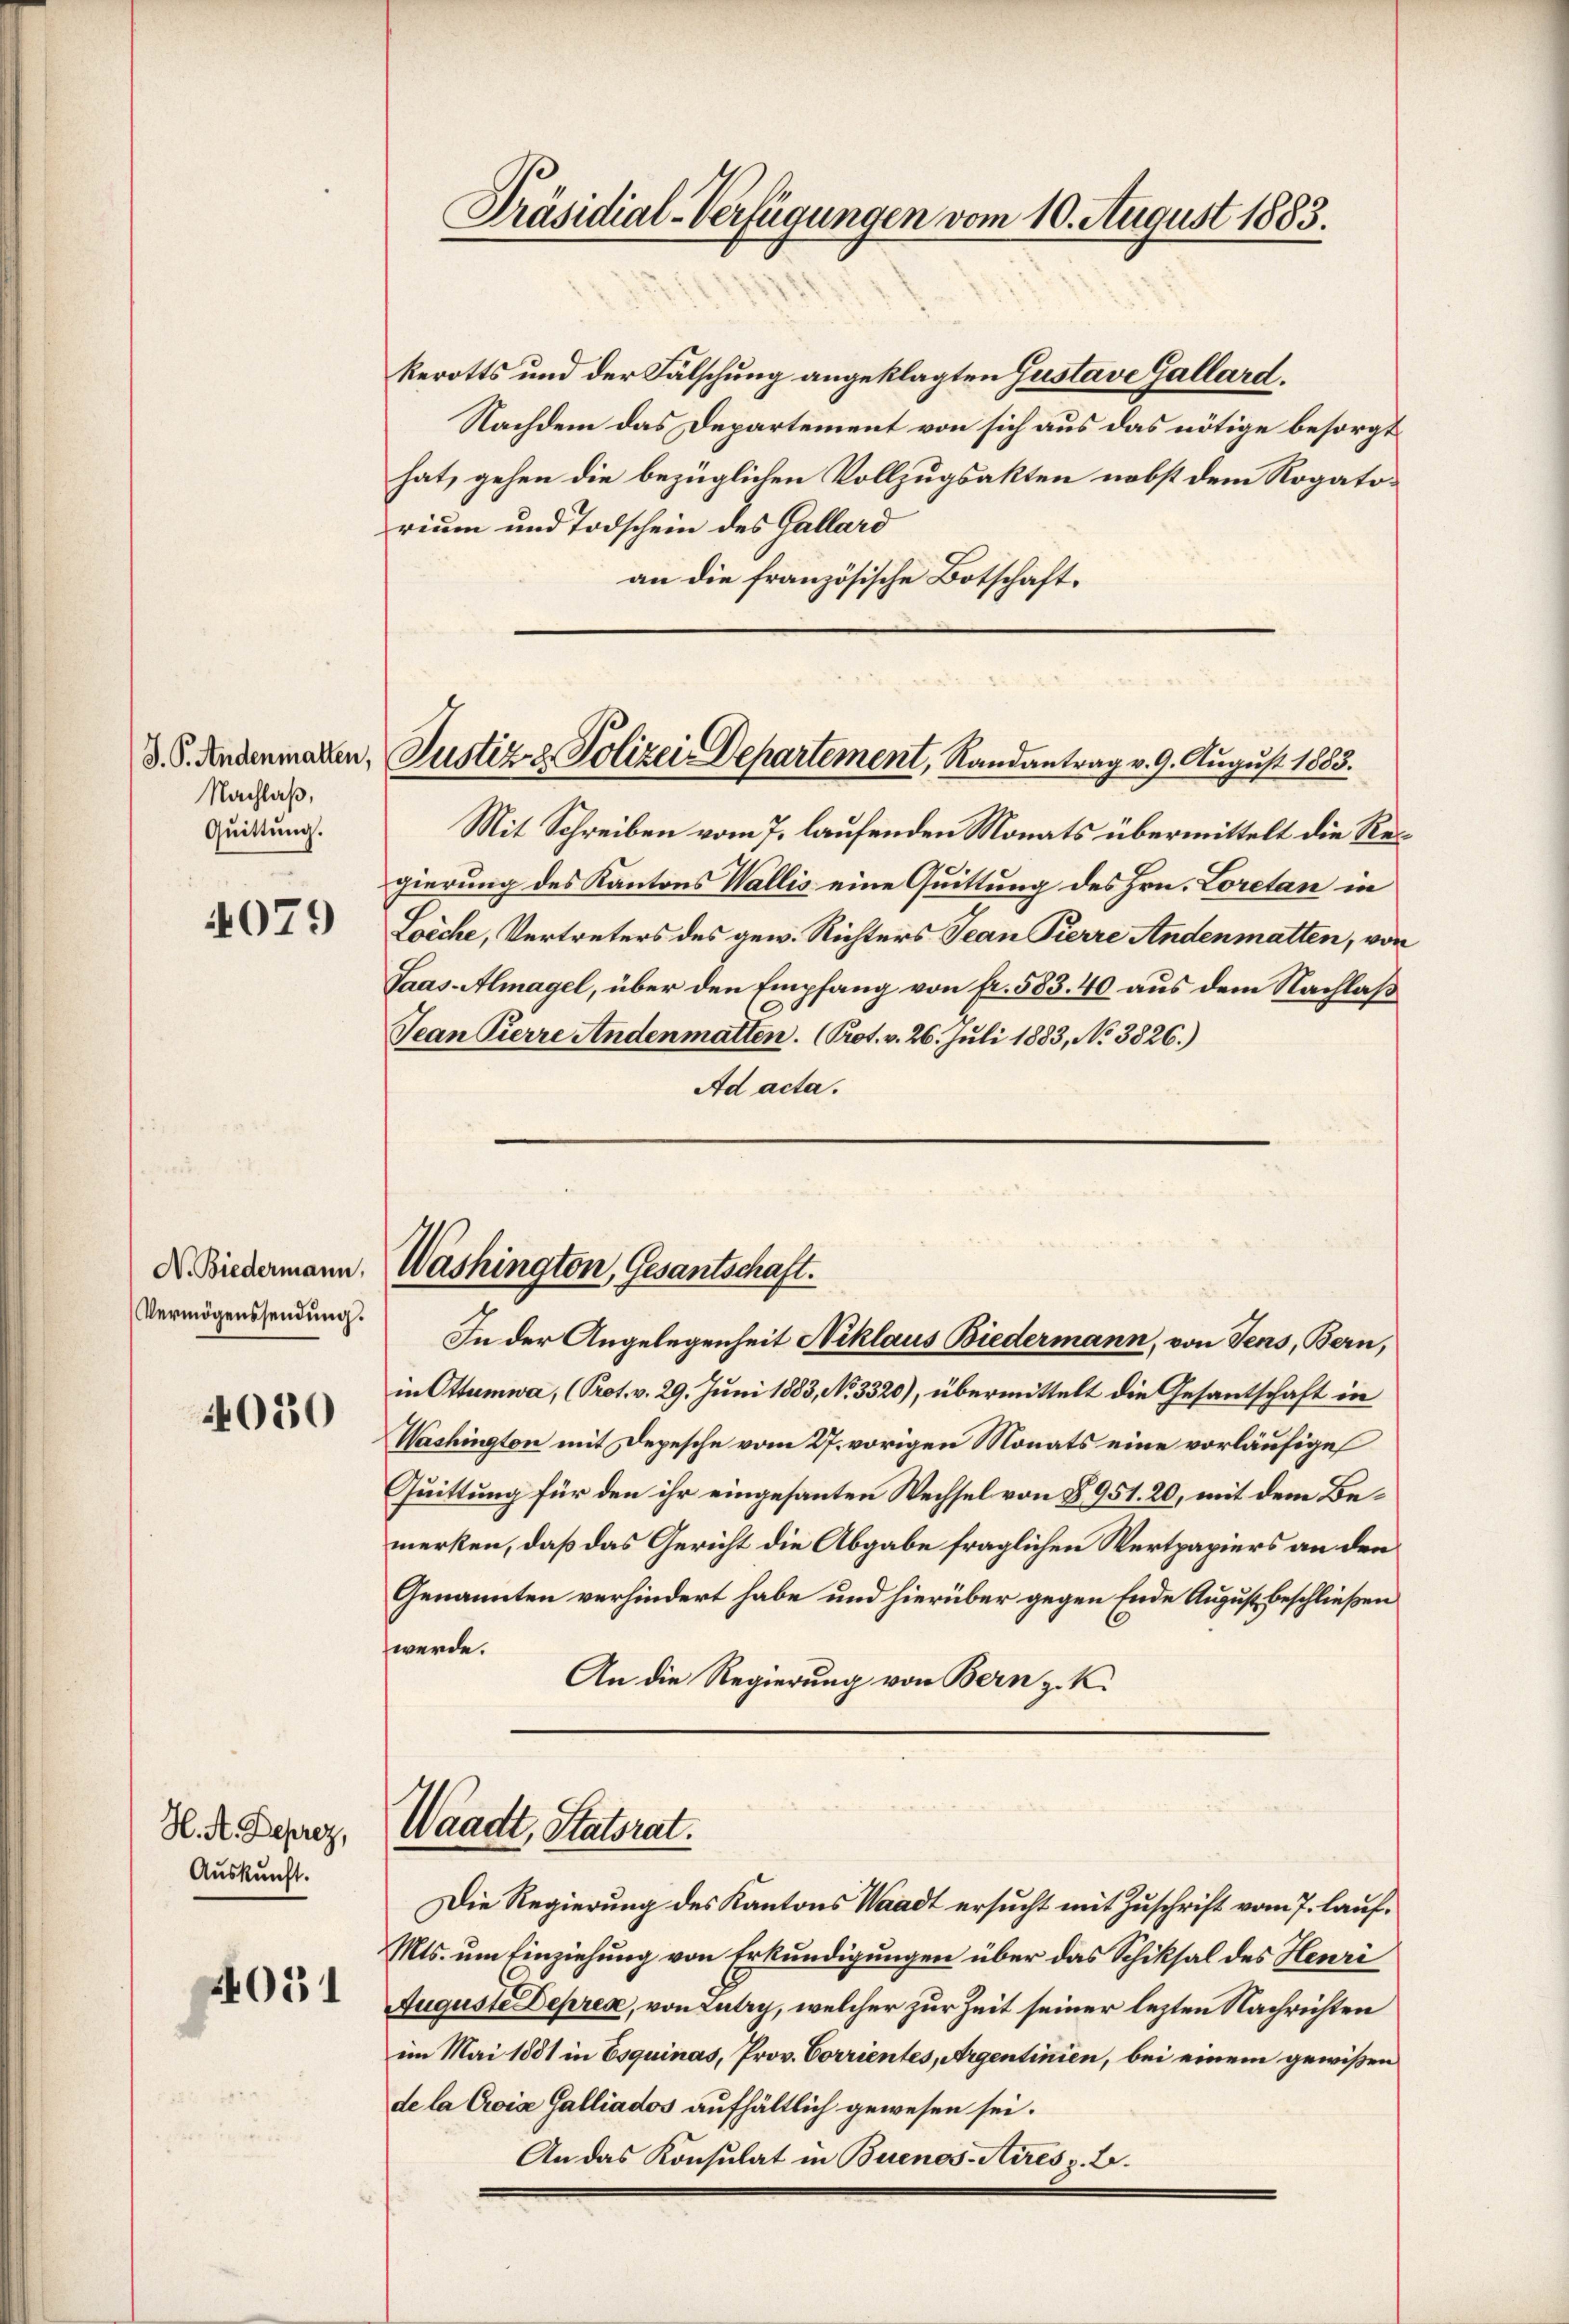
Nachlaß,
Quittung.

079

Vermögenssendung.

4050

H. A. Deprez,
Auskunft.

4031

Präsidial-Verfügungen vom 10. August 1883.

kerotts und der Fälschung angeklagten Gustave Gallard.
Nachdem das Departement von sich aus das nötige besorgt
hat, gehen die bezüglichen Vollzugsakten nebst dem Rogatorium und Todschein des Gallard
an die französische Botschaft.

d. S. Andenmarken, Justiz- & Polizei Departement, Randantrag v. 9. August 1883.

Mit Schreiben vom 7. laufenden Monats übermittelt die Regierung des Kantons Wallis eine Quittung des Hrn. Loretan in
Loeche, Vertreters des gew. Richters Jean Kerre Andenmatten, von
Saas-Almagel, über den Empfang von fr. 583.40 aus dem Nachlaß
Jean Pierre Andenmatten. (Kot. v. 26. Juli 1883, No 3826.)
Ad acta.

X. Biedermann. Washington, Gesantschaft.
In der Angelegenheit Niklaus Biedermann, von Jens, Bern,

in Ottumwa, (Prot. v. 29. Juni 1883, No. 3320), übermittelt die Gesantschaft in
Washington mit Depesche vom 27. vorigen Monats eine vorläufige
Quittung für den ihr eingesanten Wechsel von § 951. 20, mit dem Bemerken, daß das Gericht die Abgabe fraglichen Wertpapiers an den
Genannten verhindert habe und hierüber gegen Ende August beschließen
werde.
An die Regierung von Bern z. K.

Waadt, Statsrat.

Die Regierung des Kantons Waadt ersucht mit Zuschrift vom 7. lauf¬
Mts. um Einziehung von Erkundigungen über das Schiksal des Henri
Auguste Deprea, von Lutry, welcher zur Zeit seiner lezten Nachrichten
im Mai 1881 in Esquinas, Prov. Corrientes, Argentinien, bei einem gewißen
de la Cois Galliados aufhältlich gewesen sei.
An das Konsulat in Buenos-Aires z. B.